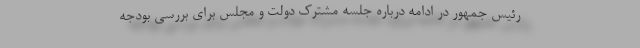
رئیس جمهور در ادامه درباره جلسه مشترک دولت و مجلس برای بررسی بودجه